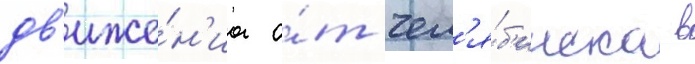
дв'иже́н'иа о́т чел'я́б'инска в